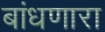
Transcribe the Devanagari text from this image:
बांधणारा